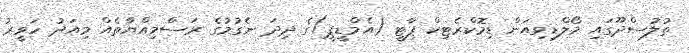
ތުލުސްދޫގައި މޯލްޑިވިއަން ޑިމޮކްރެޓިކް ޕާޓީ (އެމްޑީޕީ)ގެ ދިދަ ނެގުމުގެ ރަސްމިއްޔާތެއް މިއަދު ހަވީރު